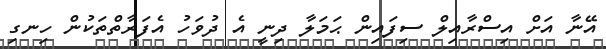
އޭނާ އަށް އިސްރާއިލް ސިފައިން ޙަމަލާ ދިނީ އެ ދުވަހު އެފަރާތްތަކުން ހިނގި